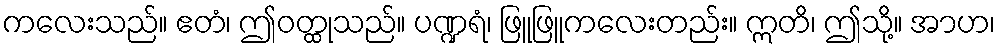
ကလေးသည်။ ဧတံ၊ ဤဝတ္ထုသည်။ ပဏ္ဍရံ၊ ဖြူဖြူကလေးတည်း။ ဣတိ၊ ဤသို့။ အာဟ၊